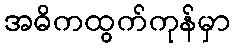
အဓိကထွက်ကုန်မှာ